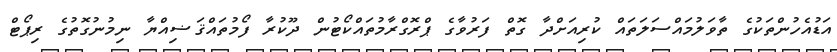
އަޑުއެހުންތަކުގެ ތާވަލުމައްސަލަތައް ކުރިއަށްދާ ގޮތް ފަރުވާގެ ޕްރޮގްރާމުތައްކޯޓުން ދޫކުރާ ފޯމުތައްޤަޟިއްޔާ ނިމުނުގޮތުގެ ރިޕޯޓް